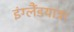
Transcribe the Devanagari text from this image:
इंग्लैंडयात्रा